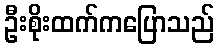
ဦးစိုးထက်ကပြောသည်